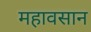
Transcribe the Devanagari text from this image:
महावसान